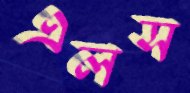
এলস